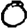
Digit: 0